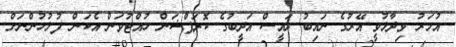
އުމަރު ވިދާޅުވީ އޭރުގެ ނައިބު ރައީސް އަދީބުގެ ކޮރަޕްޝަން ހުއްޓުވަން އެކަން ފުލުހުންނަށް